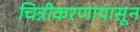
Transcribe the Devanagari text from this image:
चित्रीकरणापासून